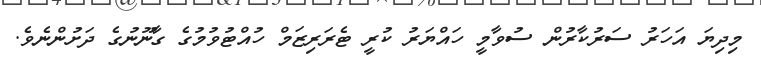
މިދިޔަ އަހަރު ސަރުކާރުން ސުވާމީ ހައްޔަރު ކުރީ ޓެރަރިޒަމް ހުއްޓުވުމުގެ ގާނޫނުގެ ދަށުންނެވެ.